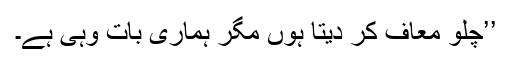
’’چلو معاف کر دیتا ہوں مگر ہماری بات وہی ہے۔